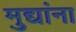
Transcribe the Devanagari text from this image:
मुद्यांना